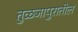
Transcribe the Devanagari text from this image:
तुळजापुरातील